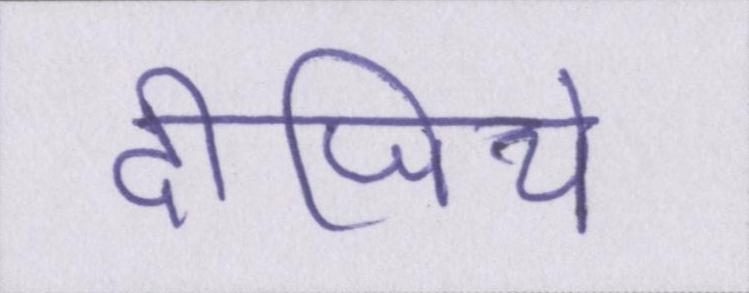
दीजिये